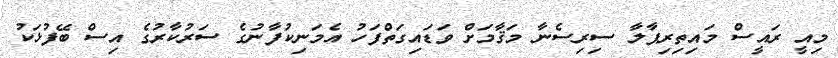
މިއީ ރައީސް މައިތިރިޕާލާ ސިރިސެނާ މަޤާމަށް ވަޑައިގަތްފަހު އެމަނިކުފާނުގެ ސަރުކާރުގެ އިސް ބޭފުޅަކު